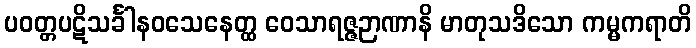
ပဝတ္တပဋိသင်္ခါနဝသေနေတ္ထ ဝေသာရဇ္ဇဉာဏာနိ မာတုသဒိသော ကမ္မကရာတိ